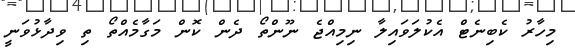
މިހާރު ކެބިނެޓް އެކުލަވައިލާ ނިމިއްޖެ ނޫންތޯ ދެން ކޮން މަގާމެއްތޯ ތި ވިދާޅުވަނީ